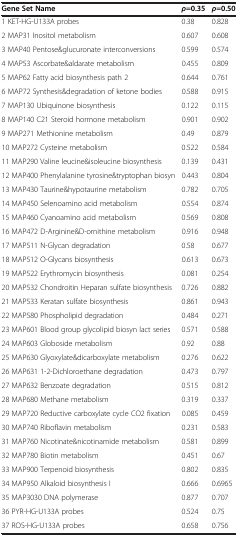
<table><thead><tr><td><b>Gene Set Name</b></td><td><b><i>ρ</i>=0.35</b></td><td><b><i>ρ</i>=0.50</b></td></tr></thead><tbody><tr><td>1 KET-HG-U133A probes</td><td>0.38</td><td>0.828</td></tr><tr><td>2 MAP31 Inositol metabolism</td><td>0.607</td><td>0.608</td></tr><tr><td>3 MAP40 Pentose&amp;glucuronate interconversions</td><td>0.599</td><td>0.574</td></tr><tr><td>4 MAP53 Ascorbate&amp;aldarate metabolism</td><td>0.455</td><td>0.809</td></tr><tr><td>5 MAP62 Fatty acid biosynthesis path 2</td><td>0.644</td><td>0.761</td></tr><tr><td>6 MAP72 Synthesis&amp;degradation of ketone bodies</td><td>0.588</td><td>0.915</td></tr><tr><td>7 MAP130 Ubiquinone biosynthesis</td><td>0.122</td><td>0.115</td></tr><tr><td>8 MAP140 C21 Steroid hormone metabolism</td><td>0.901</td><td>0.902</td></tr><tr><td>9 MAP271 Methionine metabolism</td><td>0.49</td><td>0.879</td></tr><tr><td>10 MAP272 Cysteine metabolism</td><td>0.522</td><td>0.584</td></tr><tr><td>11 MAP290 Valine leucine&amp;isoleucine biosynthesis</td><td>0.139</td><td>0.431</td></tr><tr><td>12 MAP400 Phenylalanine tyrosine&amp;tryptophan biosyn</td><td>0.443</td><td>0.804</td></tr><tr><td>13 MAP430 Taurine&amp;hypotaurine metabolism</td><td>0.782</td><td>0.705</td></tr><tr><td>14 MAP450 Selenoamino acid metabolism</td><td>0.554</td><td>0.874</td></tr><tr><td>15 MAP460 Cyanoamino acid metabolism</td><td>0.569</td><td>0.808</td></tr><tr><td>16 MAP472 D-Arginine&amp;D-ornithine metabolism</td><td>0.916</td><td>0.948</td></tr><tr><td>17 MAP511 N-Glycan degradation</td><td>0.58</td><td>0.677</td></tr><tr><td>18 MAP512 O-Glycans biosynthesis</td><td>0.613</td><td>0.673</td></tr><tr><td>19 MAP522 Erythromycin biosynthesis</td><td>0.081</td><td>0.254</td></tr><tr><td>20 MAP532 Chondroitin Heparan sulfate biosynthesis</td><td>0.726</td><td>0.882</td></tr><tr><td>21 MAP533 Keratan sulfate biosynthesis</td><td>0.861</td><td>0.943</td></tr><tr><td>22 MAP580 Phospholipid degradation</td><td>0.484</td><td>0.271</td></tr><tr><td>23 MAP601 Blood group glycolipid biosyn lact series</td><td>0.571</td><td>0.588</td></tr><tr><td>24 MAP603 Globoside metabolism</td><td>0.92</td><td>0.88</td></tr><tr><td>25 MAP630 Glyoxylate&amp;dicarboxylate metabolism</td><td>0.276</td><td>0.622</td></tr><tr><td>26 MAP631 1-2-Dichloroethane degradation</td><td>0.473</td><td>0.797</td></tr><tr><td>27 MAP632 Benzoate degradation</td><td>0.515</td><td>0.812</td></tr><tr><td>28 MAP680 Methane metabolism</td><td>0.319</td><td>0.337</td></tr><tr><td>29 MAP720 Reductive carboxylate cycle CO2 fixation</td><td>0.085</td><td>0.459</td></tr><tr><td>30 MAP740 Riboflavin metabolism</td><td>0.231</td><td>0.583</td></tr><tr><td>31 MAP760 Nicotinate&amp;nicotinamide metabolism</td><td>0.581</td><td>0.899</td></tr><tr><td>32 MAP780 Biotin metabolism</td><td>0.451</td><td>0.67</td></tr><tr><td>33 MAP900 Terpenoid biosynthesis</td><td>0.802</td><td>0.835</td></tr><tr><td>34 MAP950 Alkaloid biosynthesis I</td><td>0.666</td><td>0.6965</td></tr><tr><td>35 MAP3030 DNA polymerase</td><td>0.877</td><td>0.707</td></tr><tr><td>36 PYR-HG-U133A probes</td><td>0.524</td><td>0.75</td></tr><tr><td>37 ROS-HG-U133A probes</td><td>0.658</td><td>0.756</td></tr></tbody></table>